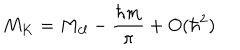
LaTeX: M _ { K } = M _ { c l } - \frac { \hbar m } { \pi } + O ( \hbar ^ { 2 } )